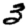
Digit: 3